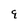
Character: 9